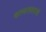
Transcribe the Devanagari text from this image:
बालकलाकारांची